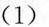
(1)